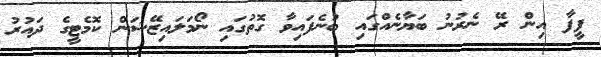
ފީފާ އިން ރޭ ނެރުނު ބަޔާނެއްގައި ބުނެފައިވާ ގޮތުގައި ނޯމަލައިޒޭޝަން ކޮމެޓީގެ ދައުރު